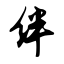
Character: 绊